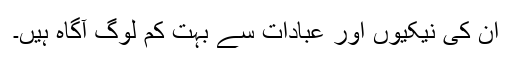
ان کی نیکیوں اور عبادات سے بہت کم لوگ آگاہ ہیں۔